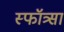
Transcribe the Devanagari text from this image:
स्फॉत्र्सा